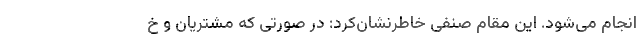
انجام می‌شود. این مقام صنفی خاطرنشان‌کرد: در صورتی که مشتریان و خ